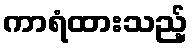
ကာရံထားသည့်